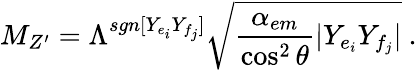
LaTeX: M_{Z^{\prime}}=\Lambda^{sgn[Y_{e_{i}}Y_{f_{j}}]}\sqrt{\frac{\alpha_{em}}{\cos^{2}\theta}|Y_{e_{i}}Y_{f_{j}}|}\ .